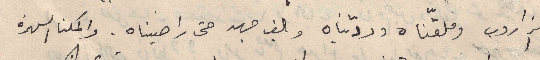
الزاروب وملقّناه وردّيناه وبالف جهد حتى راضيناه . واكملنا السهرة